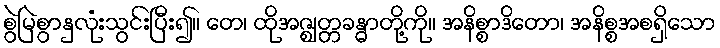
စွဲမြဲစွာနှလုံးသွင်းပြီး၍။ တေ၊ ထိုအဇ္ဈတ္တခန္ဓာတို့ကို။ အနိစ္စာဒိတော၊ အနိစ္စအစရှိသော